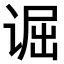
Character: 𫍮